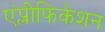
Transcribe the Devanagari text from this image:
एंप्लीफिकेशन